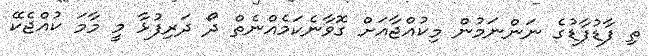
ތި ފާޑުފާޑުގެ ނަންނަމުން މިކުއްޖާއަށް ގޮވާނެކަމެއްނެތް ދޯ ދަރިފުޅާ މީ މާމަ ކުއްޖެކޭ